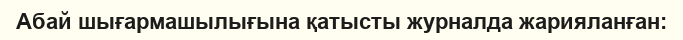
Абай шығармашылығына қатысты журналда жарияланған: